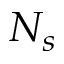
N _ { s }